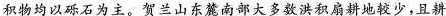
积物均以砾石为主。贺兰山东麓南部大多数洪积扇耕地较少，且耕